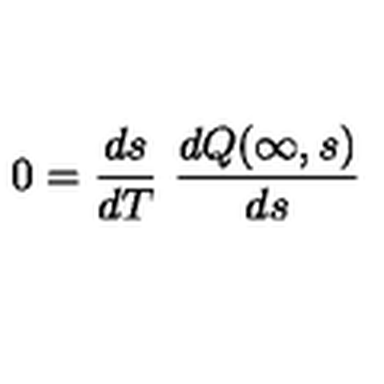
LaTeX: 0 = \frac { d s } { d T } \ \frac { d Q ( \infty , s ) } { d s }